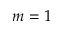
m = 1